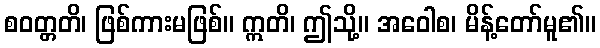
စဝတ္တတိ၊ ဖြစ်ကားမဖြစ်။ ဣတိ၊ ဤသို့။ အဝေါစ၊ မိန့်တော်မူ၏။